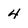
Character: 4